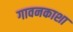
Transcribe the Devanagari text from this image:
गावनकाशा